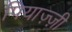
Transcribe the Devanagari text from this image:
पियाज़्ज़ी